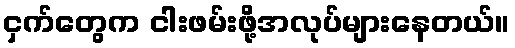
ငှက်တွေက ငါးဖမ်းဖို့အလုပ်များနေတယ်။